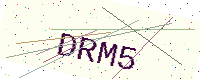
Text: DRM5